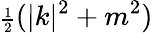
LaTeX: {\scriptstyle{\frac{1}{2}}}(|k|^{2}+m^{2})